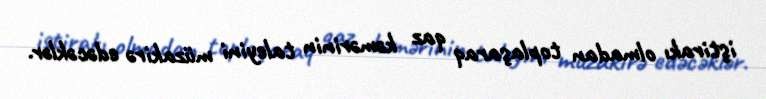
iştirakı olmadan toplaşaraq qaz kəmərinin taleyini müzakirə edəcəklər.